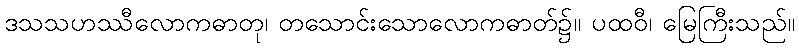
ဒသသဟဿီလောကဓာတု၊ တသောင်းသောလောကဓာတ်၌။ ပထဝီ၊ မြေကြီးသည်။